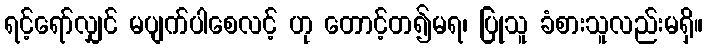
ရင့်ရော်လျှင် မပျက်ပါစေလင့် ဟု တောင့်တ၍မရ၊ ပြုသူ ခံစားသူလည်းမရှိ။